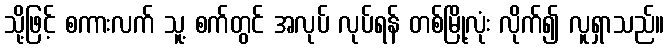
သို့ဖြင့် စကားလက် သူ့ စက်တွင် အလုပ် လုပ်ရန် တစ်မြို့လုံး လိုက်၍ လူရှာသည်။